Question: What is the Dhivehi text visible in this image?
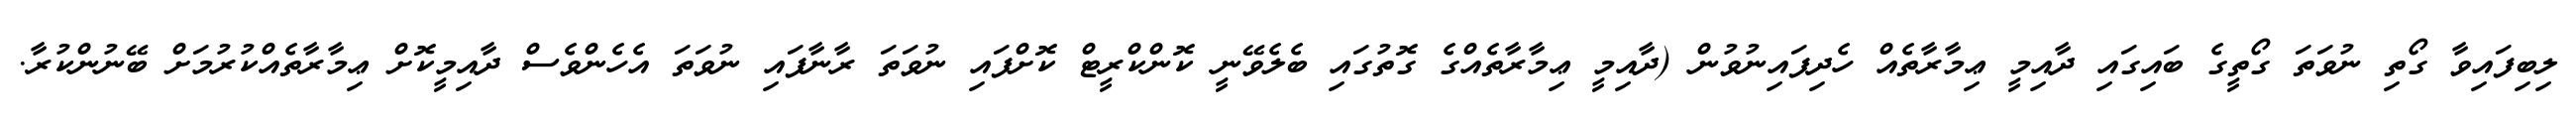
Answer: ލިބިފައިވާ ގޯތި ނުވަތަ ގޯތީގެ ބައިގައި ދާއިމީ ޢިމާރާތެއް ހެދިފައިނުވުން (ދާއިމީ ޢިމާރާތެއްގެ ގޮތުގައި ބެލެވޭނީ ކޮންކްރީޓް ކޮށްފައި ނުވަތަ ރާނާފައި ނުވަތަ އެހެންވެސް ދާއިމީކޮށް ޢިމާރާތެއްކުރުމަށް ބޭނުންކުރާ.